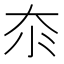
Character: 𱘭